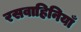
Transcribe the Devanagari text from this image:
रसवाहिनियाँ